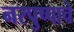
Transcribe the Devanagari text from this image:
नरपुष्पाचे